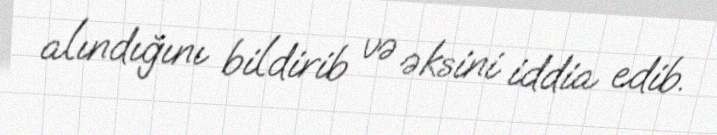
alındığını bildirib və əksini iddia edib.